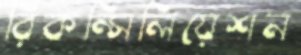
রিকন্সিলিয়েশন